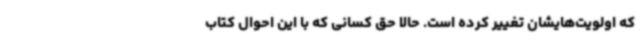
که اولویت‌هایشان تغییر کرده است. حالا حق کسانی که با این احوال کتاب